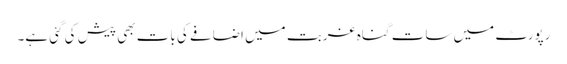
رپورٹ میں سات گناہ غربت میں اضافے کی بات بھی پیش کی گئی ہے۔